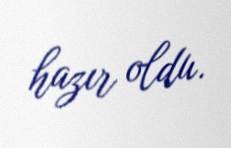
hazır oldu.